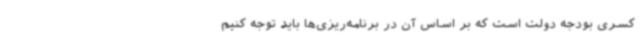
کسری بودجه دولت است که بر اساس آن در برنامه‌ریزی‌ها باید توجه کنیم